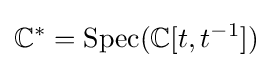
\mathbb {C} ^{*}={\text{Spec}}(\mathbb {C} [t,t^{-1}])